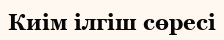
Киім ілгіш сөресі